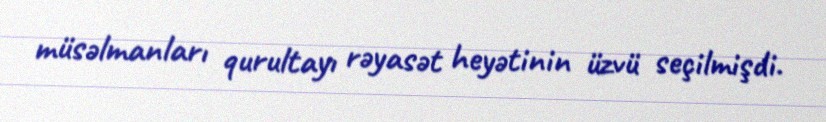
müsəlmanları qurultayı rəyasət heyətinin üzvü seçilmişdi.